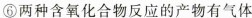
⑥两种含氧化合物反应的产物有气体